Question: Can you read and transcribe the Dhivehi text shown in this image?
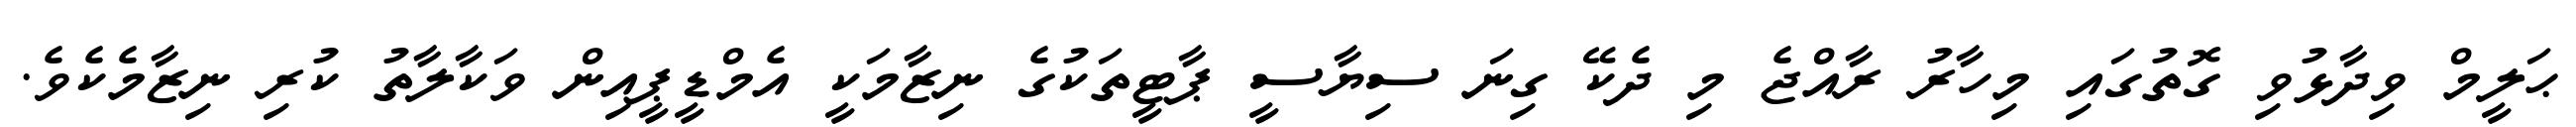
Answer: ޙަލީމް ވިދާޅުވި ގޮތުގައި މިހާރު ރާއްޖެ މި ދެކޭ ގިނަ ސިޔާސީ ޕާޓީތަކުގެ ނިޒާމަކީ އެމްޑީޕީއިން ވަކާލާތު ކުރި ނިޒާމެކެވެ.